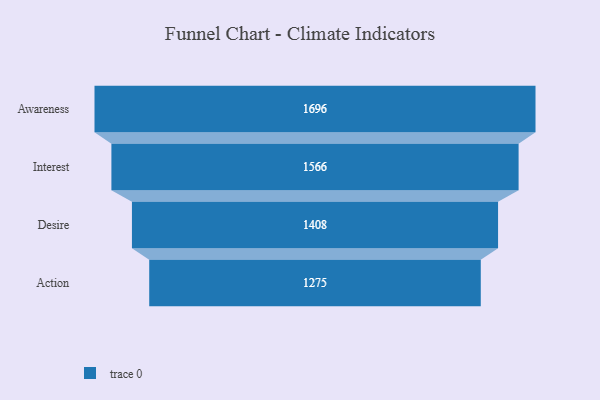
{"axis": {"x": "Stage", "y": "Value"}, "legend": [""], "data": [{"x": "Awareness", "y": 1696.0, "type": ""}, {"x": "Interest", "y": 1566.0, "type": ""}, {"x": "Desire", "y": 1408.0, "type": ""}, {"x": "Action", "y": 1275.0, "type": ""}]}